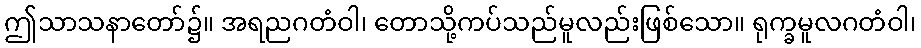
ဤသာသနာတော်၌။ အရညဂတံဝါ၊ တောသို့ကပ်သည်မူလည်းဖြစ်သော။ ရုက္ခမူလဂတံဝါ၊